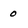
Character: 0